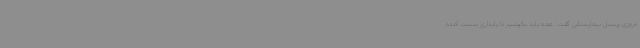
ه‌روزی پرسنل بیمارستانی گفت: همه باید بکوشیم تا پایداری بدست آمده